Civil Veterinary Department. Madras. Admin. report 1926-33 - 1926-1933
Year: 1926
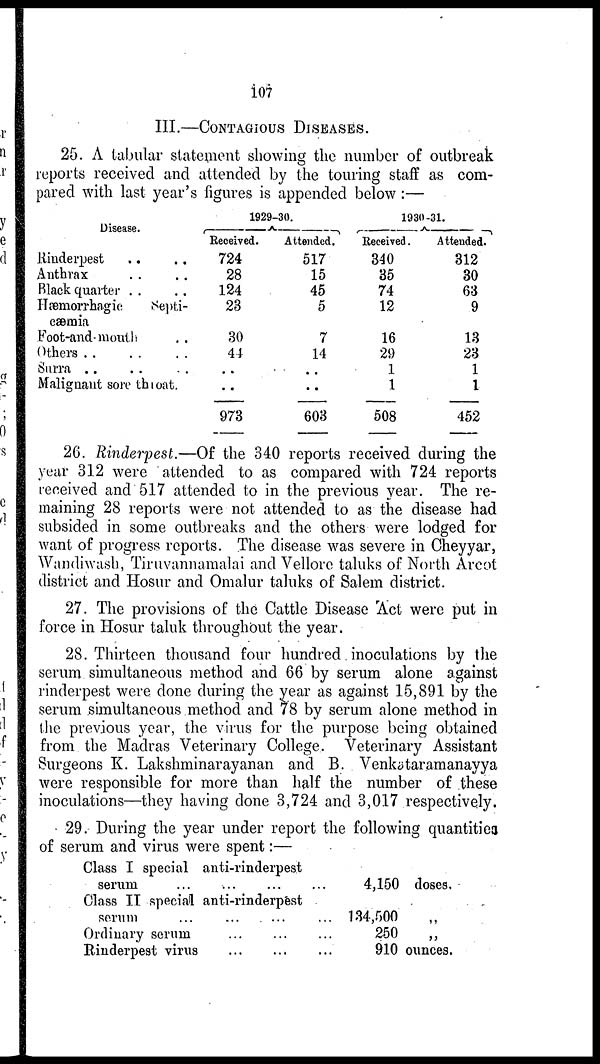
107
III.—CONTAGIOUS DISEASES.
25. A tabular statement showing the number of outbreak
reports received and attended by the touring staff as com-
pared with last year's figures is appended below :—
Disease.
Rinderpest .. ..
Anthrax .. ..
Black quarter .. ..
Hæmorrhagic
Septi-
cæmia
Foot-and-mouth ..
Others .. .. ..
Surra .. .. ..
Malignant sore throat.
1929-30.
Received.
724
28
124
23
30
44
..
..
973
Attended.
517
15
45
5
7
14
..
..
603
1930-31.
Received.
340
35
74
12
16
29
1
1
508
Attended.
312
30
63
9
13
23
1
1
452
26. Rinderpest.—Of the 340 reports received during the
year 312 were attended to as compared with 724 reports
received and 517 attended to in the previous year. The re-
maining 28 reports were not attended to as the disease had
subsided in some outbreaks and the others were lodged for
want of progress reports. The disease was severe in Cheyyar,
Wandiwash, Tiruvannamalai and Vellore taluks of North Arcot
district and Hosur and Omalur taluks of Salem district.
27. The provisions of the Cattle Disease Act were put in
force in Hosur taluk throughout the year.
28. Thirteen thousand four hundred inoculations by the
serum simultaneous method and 66 by serum alone against
rinderpest were done during the year as against 15,891 by the
serum simultaneous method and 78 by serum alone method in
the previous year, the virus for the purpose being obtained
from the Madras Veterinary College. Veterinary Assistant
Surgeons K. Lakshminarayanan and B. Venkataramanayya
were responsible for more than half the number of these
inoculations—they having done 3,724 and 3,017 respectively.
29. During the year under report the following quantities
of serum and virus were spent:—
Class I special anti-rinderpest
serum
...
...
...
...
Class II special anti-rinderpest
serum ... ... ... ...
Ordinary serum
...
...
...
Rinderpest virus
...
...
...
4,150 doses.
134,500
250
910 ounces.